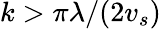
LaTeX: k>\pi\lambda/(2v_{s})